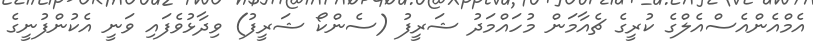
އެމްއެންއެސްއެލްގެ ކުރީގެ ޗެއާމަން މުހައްމަދު ޝަރީފު (ސެންކޯ ޝަރީފު) ވިދާޅުވެފައި ވަނީ އެކުންފުނީގެ